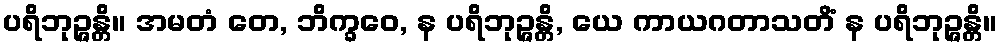
ပရိဘုဉ္ဇန္တိ။ အမတံ တေ, ဘိက္ခဝေ, န ပရိဘုဉ္ဇန္တိ, ယေ ကာယဂတာသတိံ န ပရိဘုဉ္ဇန္တိ။